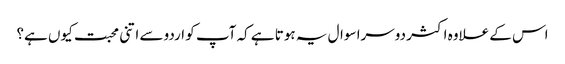
اس کے علاوہ اکثر دوسرا سوال یہ ہوتا ہے کہ آپ کو اردو سے اتنی محبت کیوں ہے؟